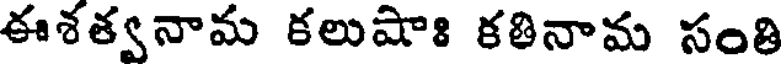
ఈశత్వనామ కలుషాః కతినామ సంతి